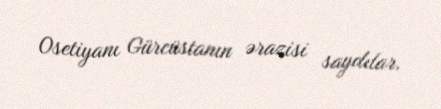
Osetiyanı Gürcüstanın ərazisi saydılar.